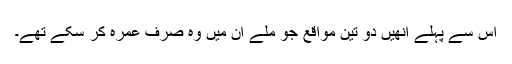
اس سے پہلے انھیں دو تین مواقع جو ملے ان میں وہ صرف عمرہ کر سکے تھے۔